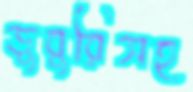
ডুবুরিসহ